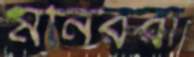
মনিররা